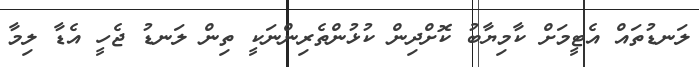
ލަނޑުތައް އެޓީމަށް ކާމިޔާބު ކޮށްދިން ކުޅުންތެރިންނަކީ ތިން ލަނޑު ޖެހީ އެޑާ ލިމާ